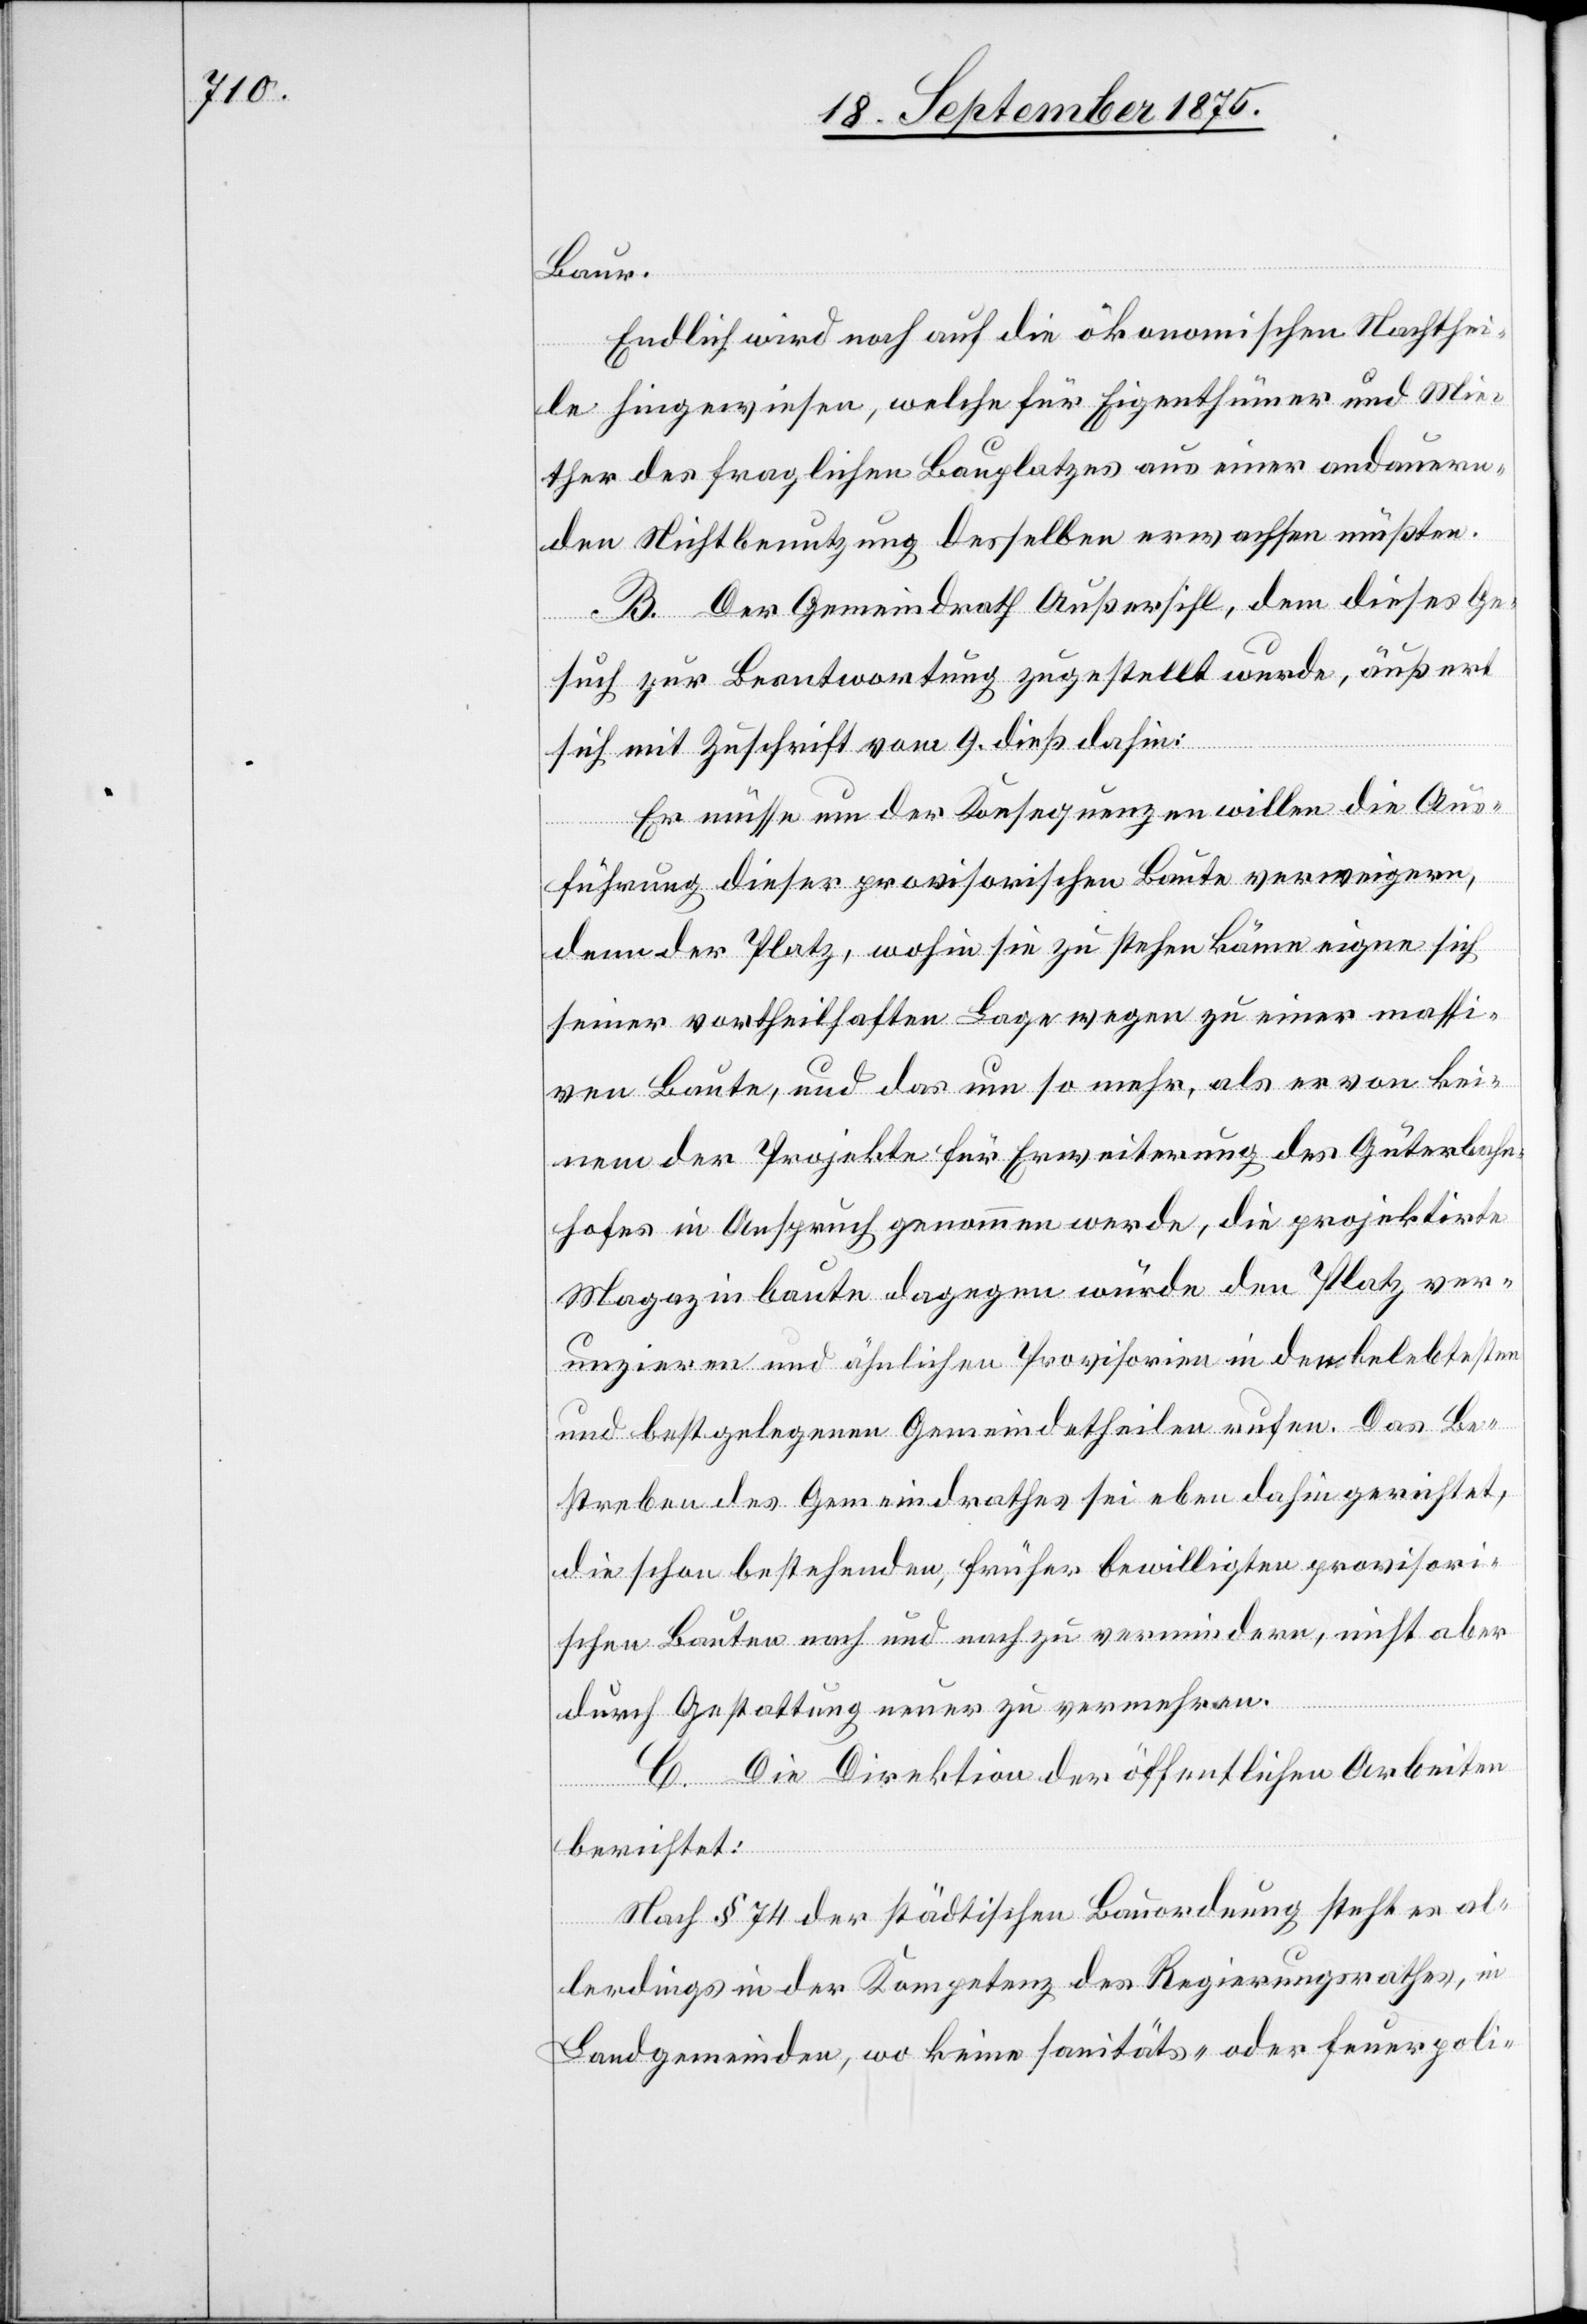
Baur.
Endlich wird noch auf die ökonomischen Nachthei¬
le hingewiesen, welche für Eigenthümer und Mie¬
ther des fraglichen Bauplatzes aus einer andauern¬
den Nichtbenutzung desselben erwachsen müßten.
B. Der Gemeindrath Außersihl, dem dieses Ge¬
such zur Beantwortung zugestellt wurde, äußert
sich mit Zuschrift vom 9. dieß dahin:
Er müsse um der Konsequenzen willen die Aus¬
führung dieser provisorischen Baute verweigern,
denn der Platz, wohin sie zu stehen käme eigne sich
seiner vortheilhaften Lage wegen zu einer massi¬
ven Baute, und das um so mehr, als er von kei¬
nem der Projekte für Erweiterung des Güterbahn¬
hofes in Anspruch genommen werde, die projektirte
Magazinbaute dagegen würde den Platz ver¬
unzieren und ähnlichen Provisorien in den belebtesten
und bestgelegenen Gemeindetheilen rufen. Das Be¬
streben des Gemeindrathes sei eben dahin gerichtet,
die schon bestehenden, früher bewilligten provisori¬
schen Bauten nach und nach zu vermindern, nicht aber
durch Gestattung neuer zu vermehren.
C. Die Direktion der öffentlichen Arbeiten
berichtet:
Nach § 74 der städtischen Bauordnung steht es al¬
lerdings in der Kompetenz des Regierungsrathes, in
Landgemeinden, wo keine sanitäts- oder feuerpoli-